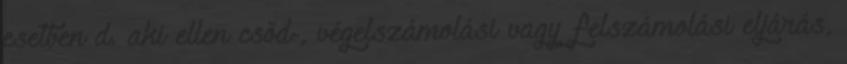
esetben d. aki ellen csőd-, végelszámolási vagy felszámolási eljárás,